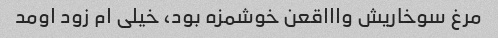
مرغ سوخاریش واااقعن خوشمزه بود، خیلی ام زود اومد